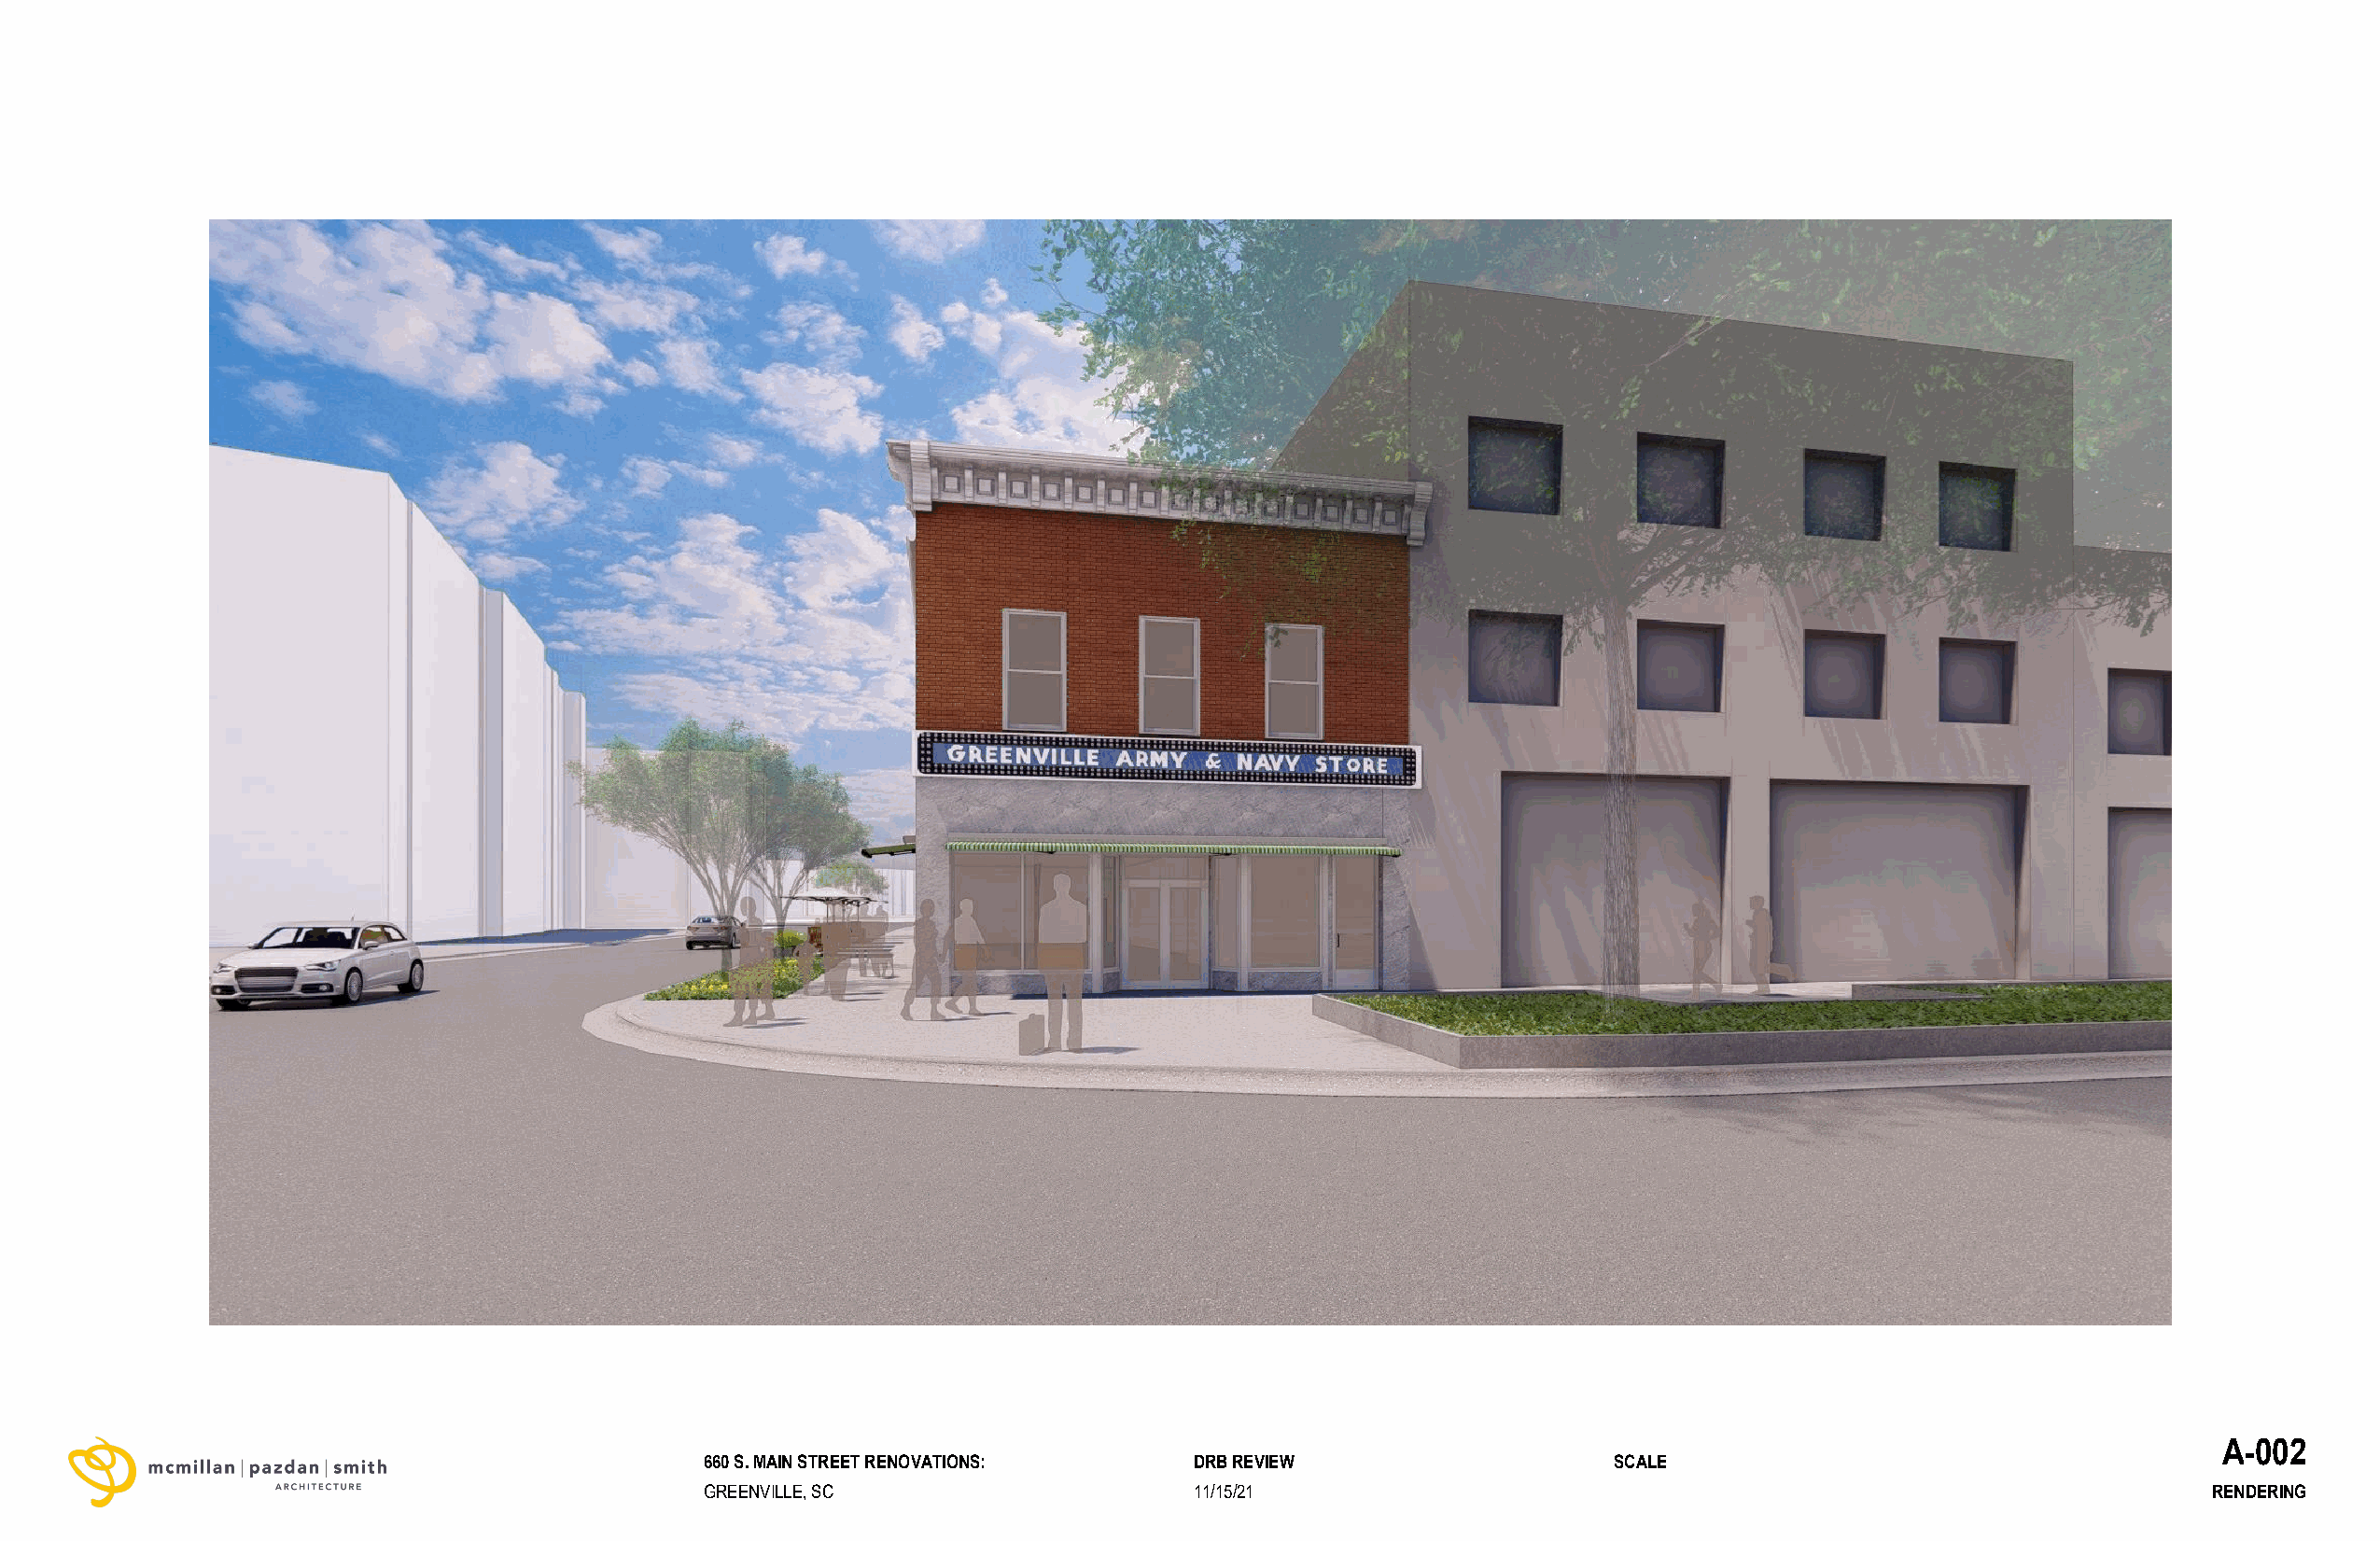
A-002
 660 S. MAIN STREET RENOVATIONS:    DRB REVIEW                    SCALE
 GREENVILLE, SC                     11/15/21                                                                RENDERING